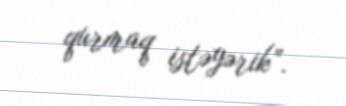
qurmaq istəyərik”.